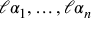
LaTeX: \ell \alpha _ { 1 } , \ldots , \ell \alpha _ { n }